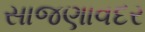
સાજણાવદર